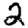
Digit: 2